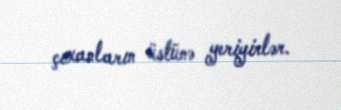
çıxanların üstünə yeriyirlər.